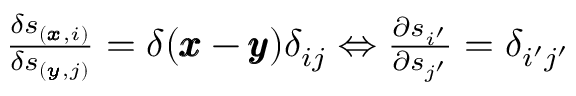
\begin{array} { r } { \frac { \delta \mathscr { s } _ { ( \pmb { x } , i ) } } { \delta \mathscr { s } _ { ( \pmb { y } , j ) } } = \delta ( \pmb { x } - \pmb { y } ) \delta _ { i j } \Leftrightarrow \frac { \partial \mathscr { s } _ { i ^ { \prime } } } { \partial \mathscr { s } _ { j ^ { \prime } } } = \delta _ { i ^ { \prime } j ^ { \prime } } } \end{array}